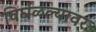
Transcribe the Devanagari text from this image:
विर्घळल्यावर